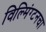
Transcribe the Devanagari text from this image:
विल्मिंग्टनचा